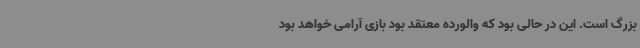
بزرگ است. این در حالی بود که والورده معتقد بود بازی آرامی خواهد بود